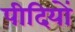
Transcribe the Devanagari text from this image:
पीदियों